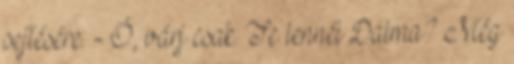
sejtésére: - Ó, várj csak. Te lennél Dalma? Még